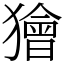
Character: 獪